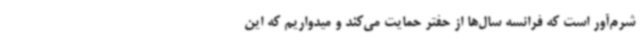
شرم‌آور است که فرانسه سال‌ها از حفتر حمایت می‌کند و میدواریم که این